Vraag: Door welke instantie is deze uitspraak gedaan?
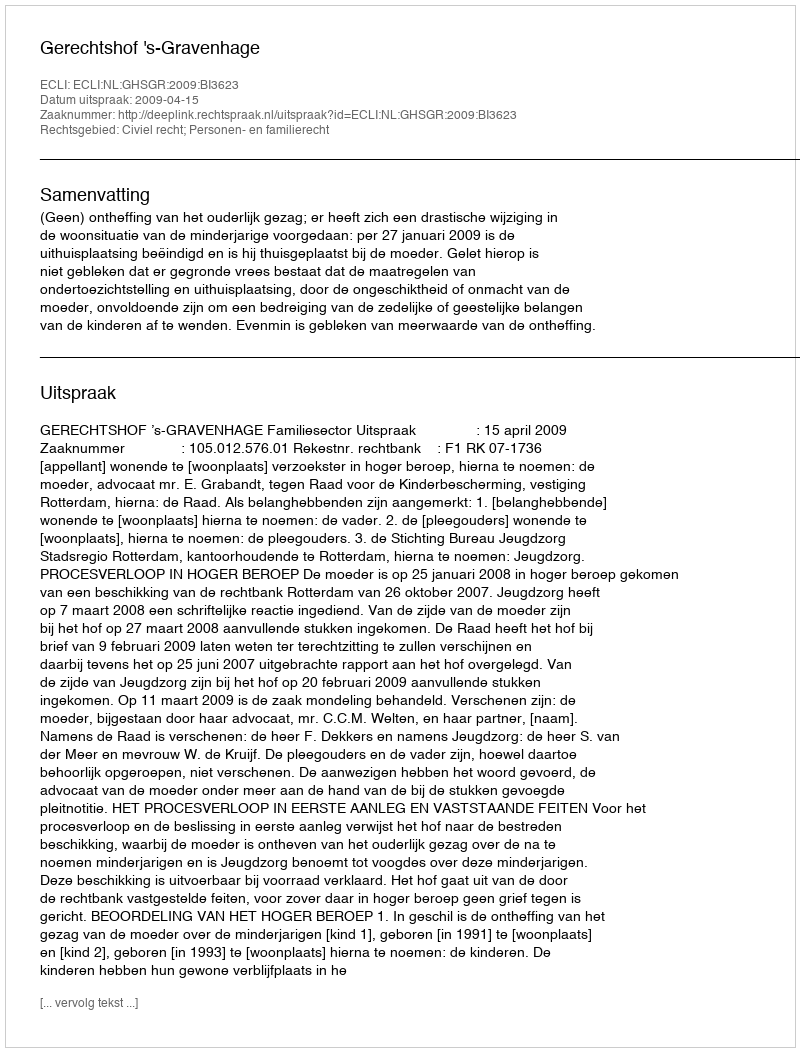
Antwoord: Gerechtshof 's-Gravenhage